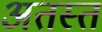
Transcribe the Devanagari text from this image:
अतस्तं